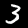
Digit: 3